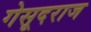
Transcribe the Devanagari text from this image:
गेसूदराज